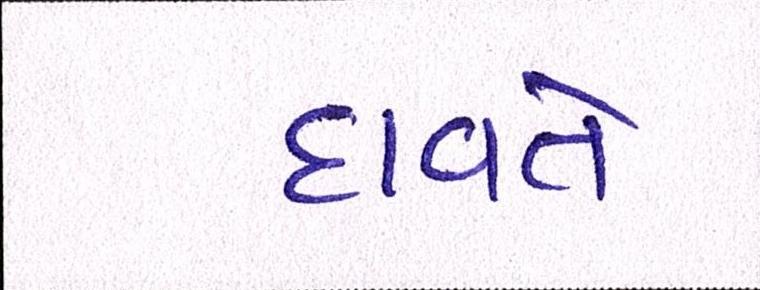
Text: દાવતે